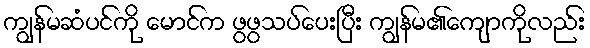
ကျွန်မဆံပင်ကို မောင်က ဖွဖွသပ်ပေးပြီး ကျွန်မ၏ကျောကိုလည်း